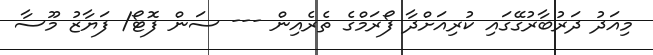
މިއަދު ދަރުބާރުގޭގައި ކުރިއަށްދާ ފޯރަމްގެ ތެރެއިން --- ސަން ފޮޓޯ/ ފަޔާޒު މޫސާ